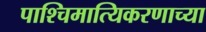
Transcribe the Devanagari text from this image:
पाश्चिमात्यिकरणाच्या